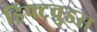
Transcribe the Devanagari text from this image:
ड्रिफ्टवुडस